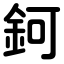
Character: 鈳